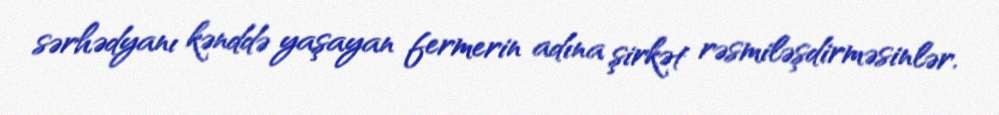
sərhədyanı kənddə yaşayan fermerin adına şirkət rəsmiləşdirməsinlər.